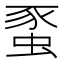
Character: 𧋠